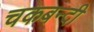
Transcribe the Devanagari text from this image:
चकबन्दी